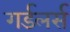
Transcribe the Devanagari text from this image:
गर्डलर्स